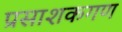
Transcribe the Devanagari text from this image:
प्रसाशकगण